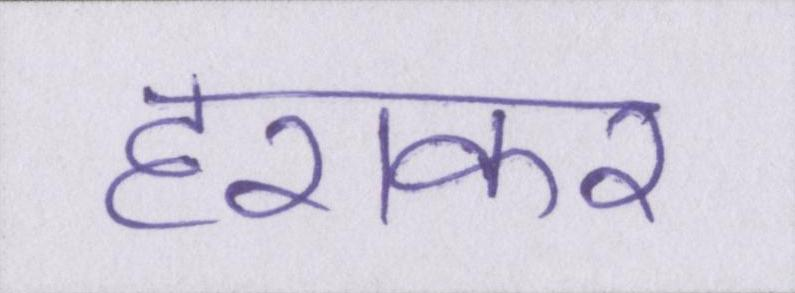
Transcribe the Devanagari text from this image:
हराकर